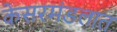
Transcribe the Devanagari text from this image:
केसरमंडलात